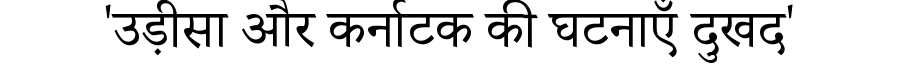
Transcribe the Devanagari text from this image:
'उड़ीसा और कर्नाटक की घटनाएँ दुखद'